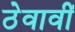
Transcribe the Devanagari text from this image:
ठेवावीं